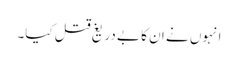
انہوں نے ان کا بے دریغ قتل کیا۔